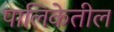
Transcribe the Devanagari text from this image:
पालिकेतील